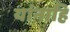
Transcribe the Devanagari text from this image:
यांनाहि